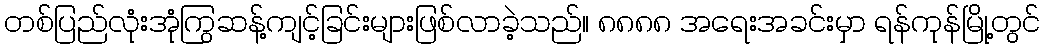
တစ်ပြည်လုံးအုံကြွဆန့်ကျင့်ခြင်းများဖြစ်လာခဲ့သည်။ ၈၈၈၈ အရေးအခင်းမှာ ရန်ကုန်မြို့တွင်